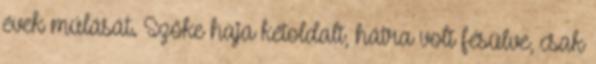
évek múlását. Szőke haja kétoldalt, hátra volt fésülve, csak